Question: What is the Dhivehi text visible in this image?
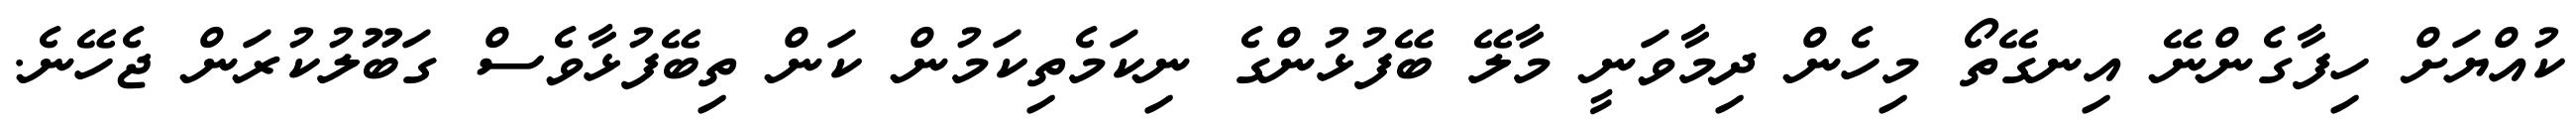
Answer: ކުއްޔަށް ހިފާގެންނޭ އިނގޭތޯ މިހެން ދިމާވަނީ މާލޭ ބޭފުޅުންގެ ނިކަމެތިކަމުން ކަން ތިބޭފުޅާވެސް ގަބޫލުކުރަން ޖެހޭނެ.